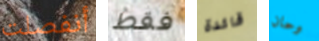
أنفصلت فقط قائدة وحان